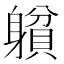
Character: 𨉺